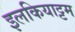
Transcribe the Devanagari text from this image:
इलकियाट्टम